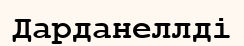
Дарданеллді